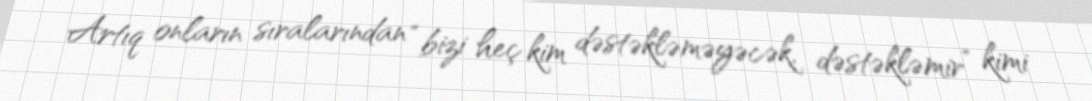
Artıq onların sıralarından “bizi heç kim dəstəkləməyəcək, dəstəkləmir” kimi